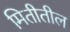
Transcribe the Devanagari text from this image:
मितीतील